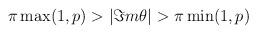
LaTeX: \begin{align*}\pi \max (1,p)>|\Im m\theta |>\pi \min (1,p)\end{align*}